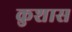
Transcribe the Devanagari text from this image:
कुशास